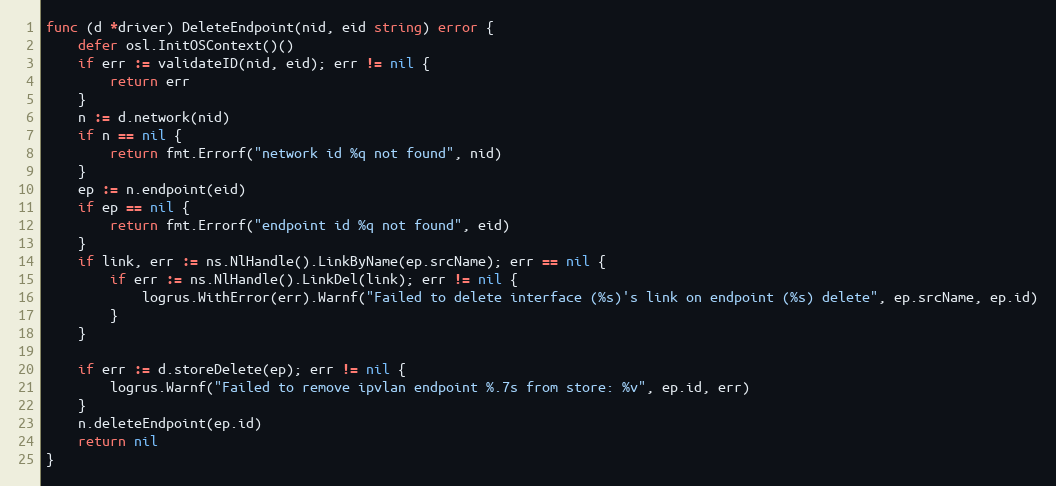
Language: Go
func (d *driver) DeleteEndpoint(nid, eid string) error {
	defer osl.InitOSContext()()
	if err := validateID(nid, eid); err != nil {
		return err
	}
	n := d.network(nid)
	if n == nil {
		return fmt.Errorf("network id %q not found", nid)
	}
	ep := n.endpoint(eid)
	if ep == nil {
		return fmt.Errorf("endpoint id %q not found", eid)
	}
	if link, err := ns.NlHandle().LinkByName(ep.srcName); err == nil {
		if err := ns.NlHandle().LinkDel(link); err != nil {
			logrus.WithError(err).Warnf("Failed to delete interface (%s)'s link on endpoint (%s) delete", ep.srcName, ep.id)
		}
	}

	if err := d.storeDelete(ep); err != nil {
		logrus.Warnf("Failed to remove ipvlan endpoint %.7s from store: %v", ep.id, err)
	}
	n.deleteEndpoint(ep.id)
	return nil
}